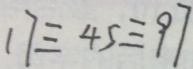
1 7 \equiv 4 5 \equiv 9 7